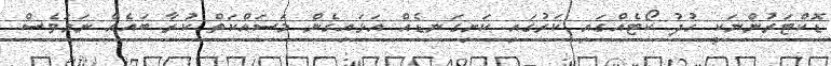
ޑޮކްޓަރުންނަކީ ހުދު ކޯޓެއްގައި ކަރުގައި ކަށިގަނޑެއް އަޅައިގެން މަސައްކަތް ކުރާ ބައެއް ނަމަވެސް